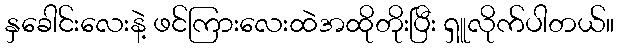
နှခေါင်းလေးနဲ့ ဖင်ကြားလေးထဲအထိုတိုးပြီး ရှူလိုက်ပါတယ်။